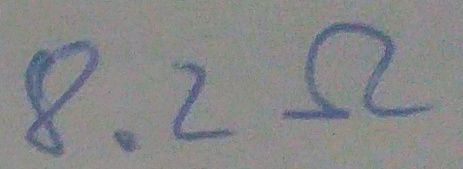
Text: 8.2Ω